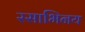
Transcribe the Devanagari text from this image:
रसाभिनय